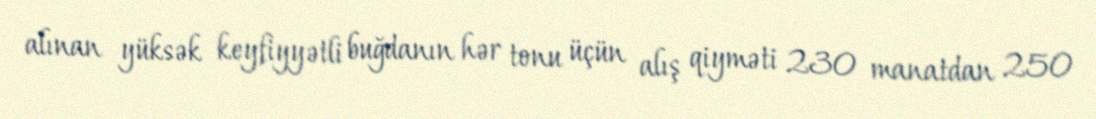
alınan yüksək keyfiyyətli buğdanın hər tonu üçün alış qiyməti 230 manatdan 250